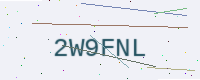
Text: 2W9FNL